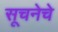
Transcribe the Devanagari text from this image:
सूचनेचे